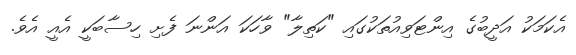
އެކަމަކު އަދީބުގެ އިންޓަވިއުތަކުގައި "ކަތިލާ" ވާހަކަ އަންނަ ފެށި ހިސާބަކީ އެއީ އެވެ.